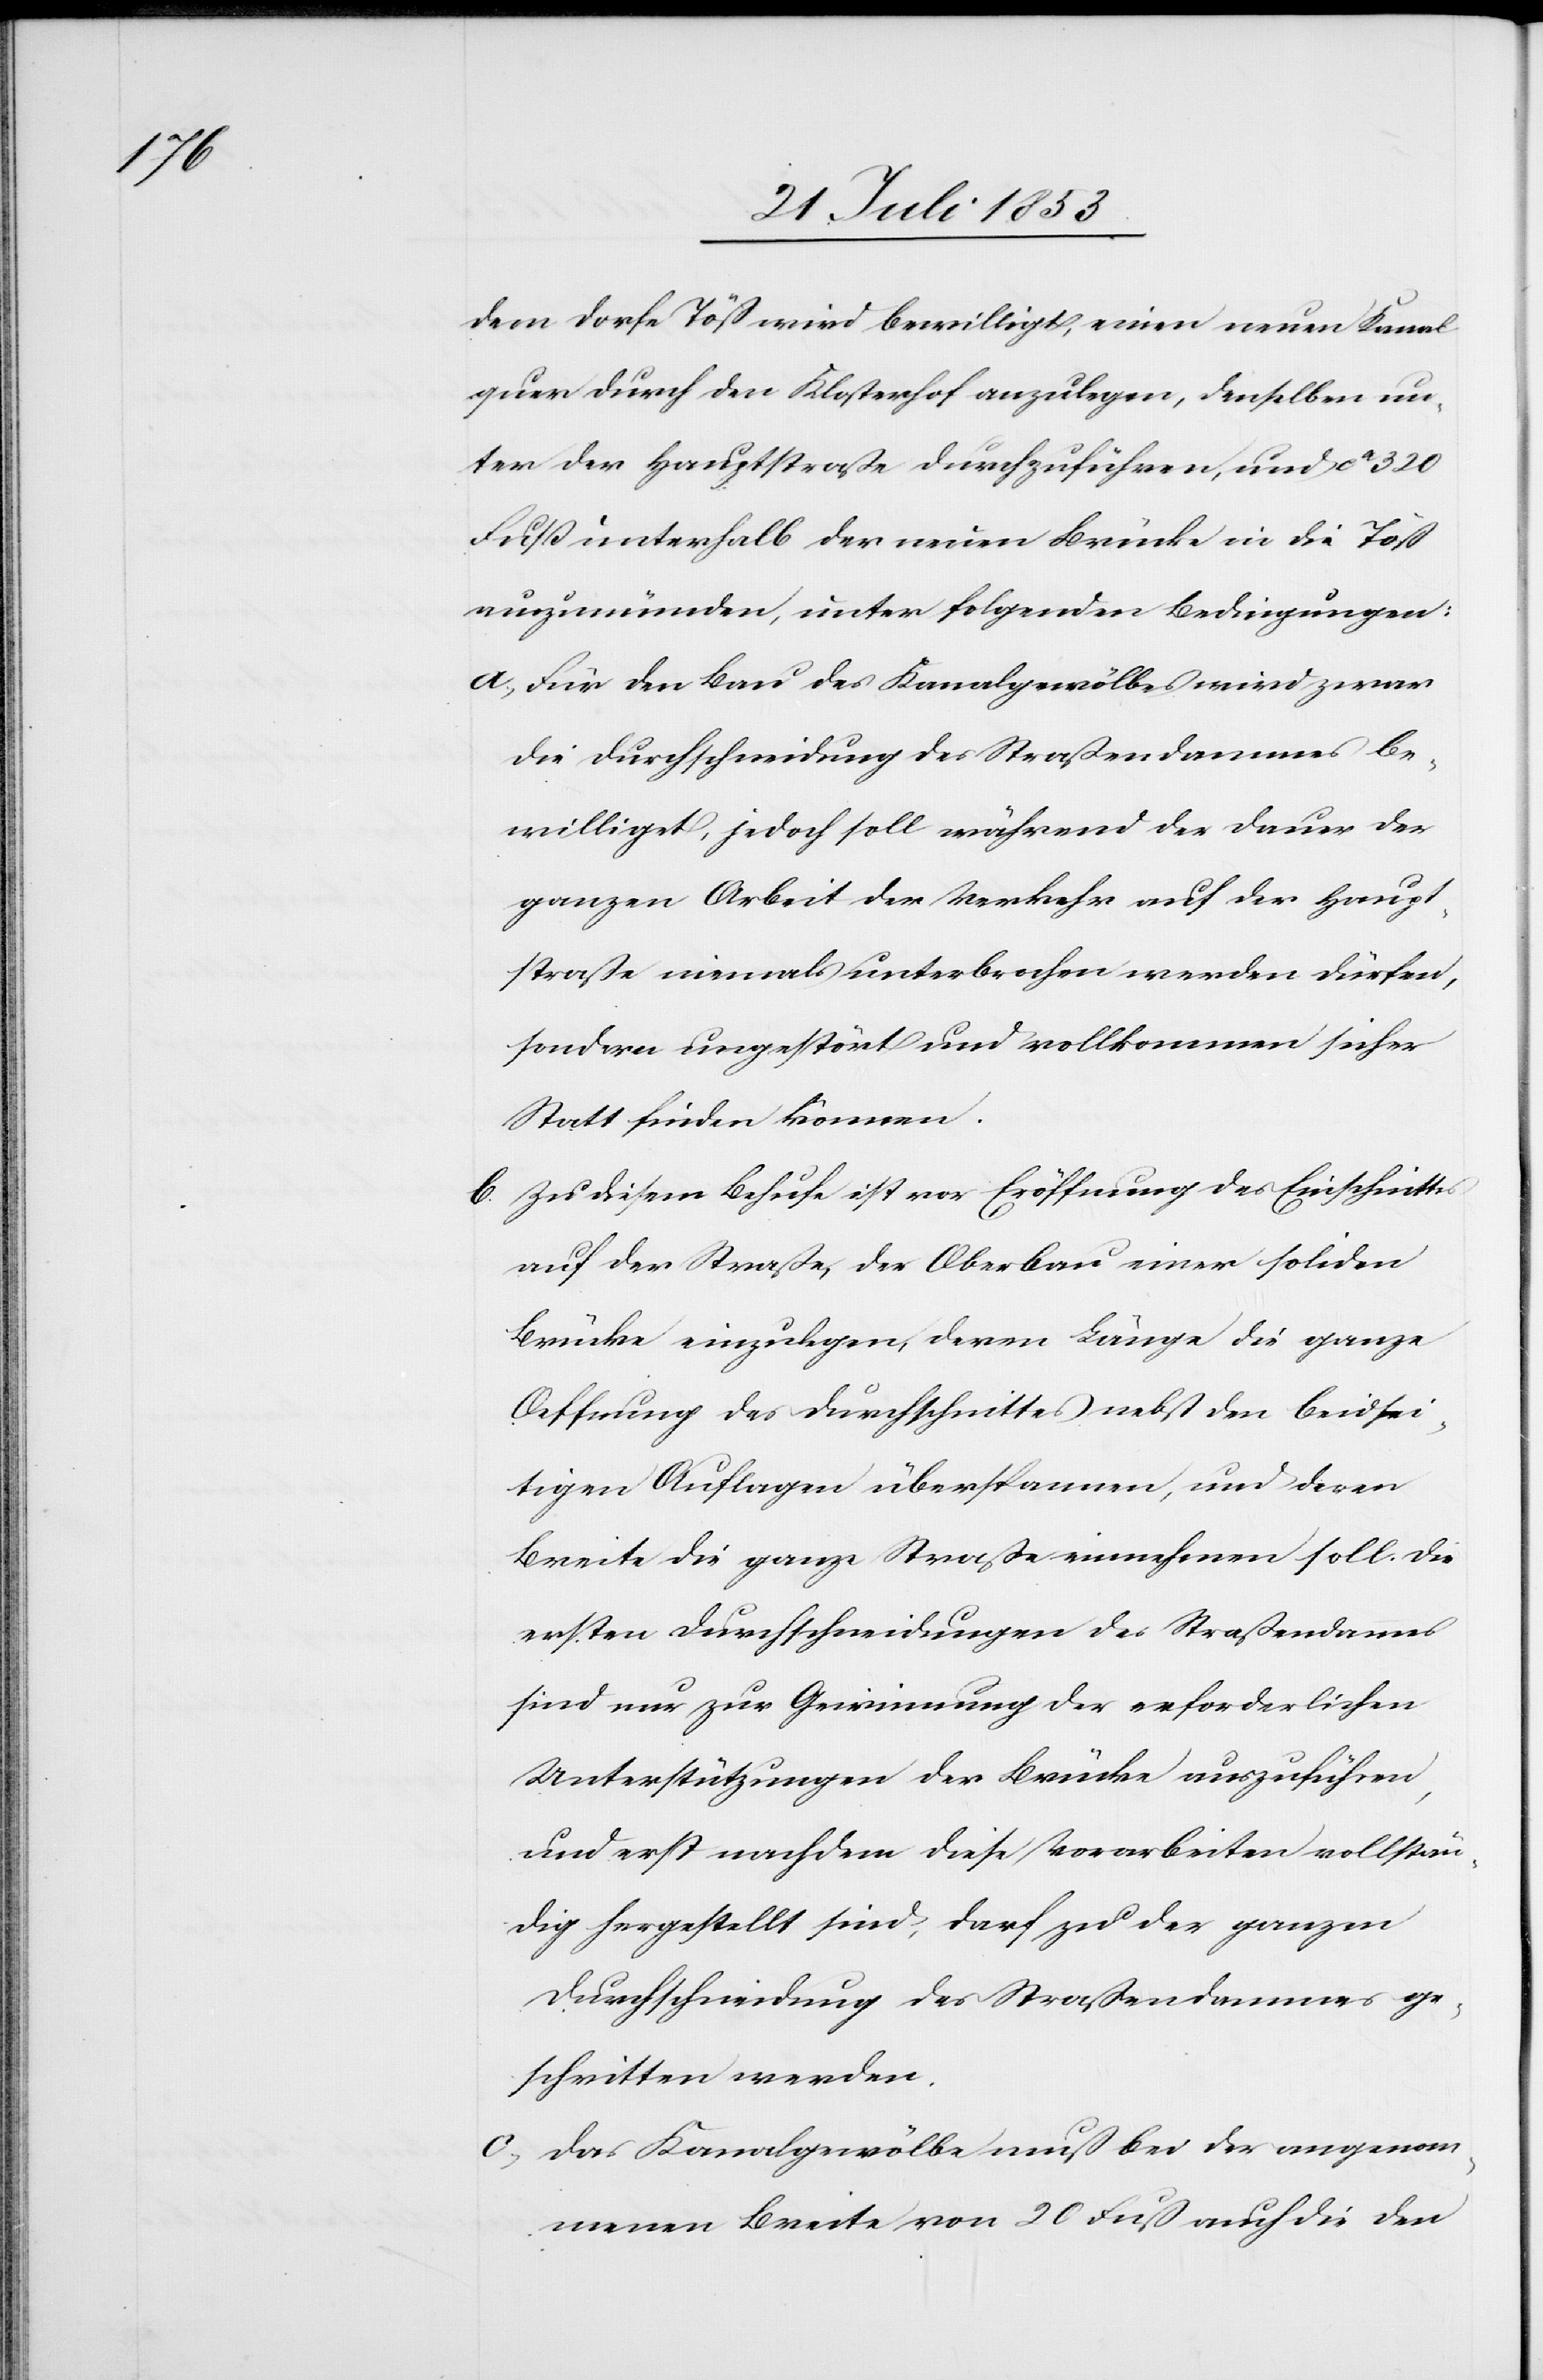
dem Dorfe Töß wird bewilligt, einen neuen Kanal
quer durch den Klosterhof anzulegen, denselben un¬
ter der Hauptstrasse durchzuführen, und ca 320
Fuß unterhalb der neuen Brücke in die Töß
auszumünden, unter folgenden Bedingungen:
a, Für den Bau des Kanalgewölbes wird zwar
die Durchschneidung des Straßendammes be¬
willigt, jedoch soll während der Dauer der
ganzen Arbeit der Verkehr auf der Haupt¬
straße niemals unterbrochen werden dürfen,
sondern ungestört und vollkommen sicher
Statt finden können.
b, Zu diesem Behufe ist vor Eröffnung des Einschnitts
auf der Straße, der Oberbau einer soliden
Brücke einzulegen, deren Länge die ganze
Oeffnung des Durchschnitts nebst den beidsei¬
tigen Auflagen überspannen, und deren
Breite die ganze Straße einnehmen soll. Die
ersten Durchschneidungen des Straßendam[m]es
sind nur zu Gerinnung der erforderlichen
Unterstützungen der Brücke auszuführen,
und erst nachdem diese Vorarbeiten vollstän¬
dig hergestellt sind, darf zu der ganzen
Durchschneidung des Straßendammes ge¬
schritten werden.
c, Das Kanalgewölbe muß bei der angenom¬
menen Breite von 20 Fuß auch die den